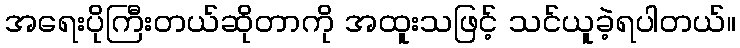
အရေးပိုကြီးတယ်ဆိုတာကို အထူးသဖြင့် သင်ယူခဲ့ရပါတယ်။